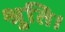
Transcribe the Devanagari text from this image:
श्रुति।